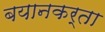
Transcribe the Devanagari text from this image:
बयानकर्ता